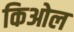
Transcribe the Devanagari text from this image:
किओल